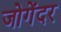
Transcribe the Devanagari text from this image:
जोगेंदर